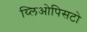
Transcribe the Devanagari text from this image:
य्लिओपिसटो